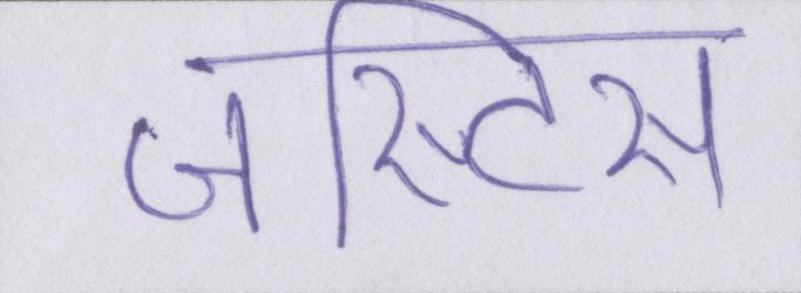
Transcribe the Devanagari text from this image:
जस्टिस